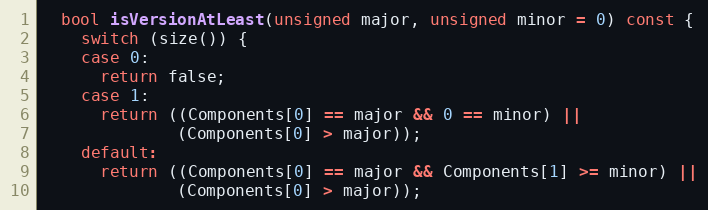
Language: C
  bool isVersionAtLeast(unsigned major, unsigned minor = 0) const {
    switch (size()) {
    case 0:
      return false;
    case 1:
      return ((Components[0] == major && 0 == minor) ||
              (Components[0] > major));
    default:
      return ((Components[0] == major && Components[1] >= minor) ||
              (Components[0] > major));